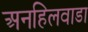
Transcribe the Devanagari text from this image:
अनहिलवाडा